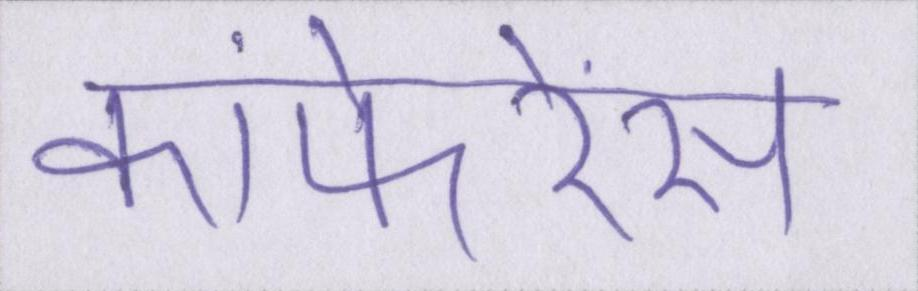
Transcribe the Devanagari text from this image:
कांफेरेंस